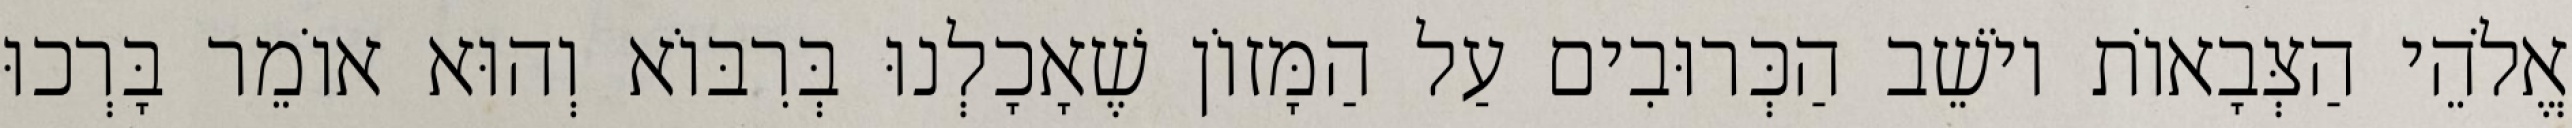
אֱלֹהֵי הַצְּבָאוֹת יוֹשֵׁב הַכְּרוּבִים עַל הַמָּזוֹן שֶׁאָכָלְנוּ בְּרִבּוֹא וְהוּא אוֹמֵר בָּרְכוּ